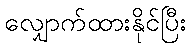
လျှောက်ထားနိုင်ပြီး